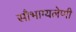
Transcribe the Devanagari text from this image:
सौभाग्यलेणी